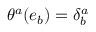
\theta ^ { a } ( e _ { b } ) = \delta _ { b } ^ { a }